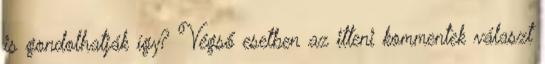
is gondolhatják így? Végső esetben az itteni kommentek választ